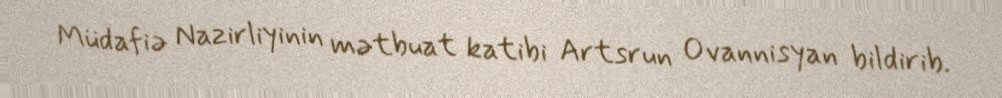
Müdafiə Nazirliyinin mətbuat katibi Artsrun Ovannisyan bildirib.